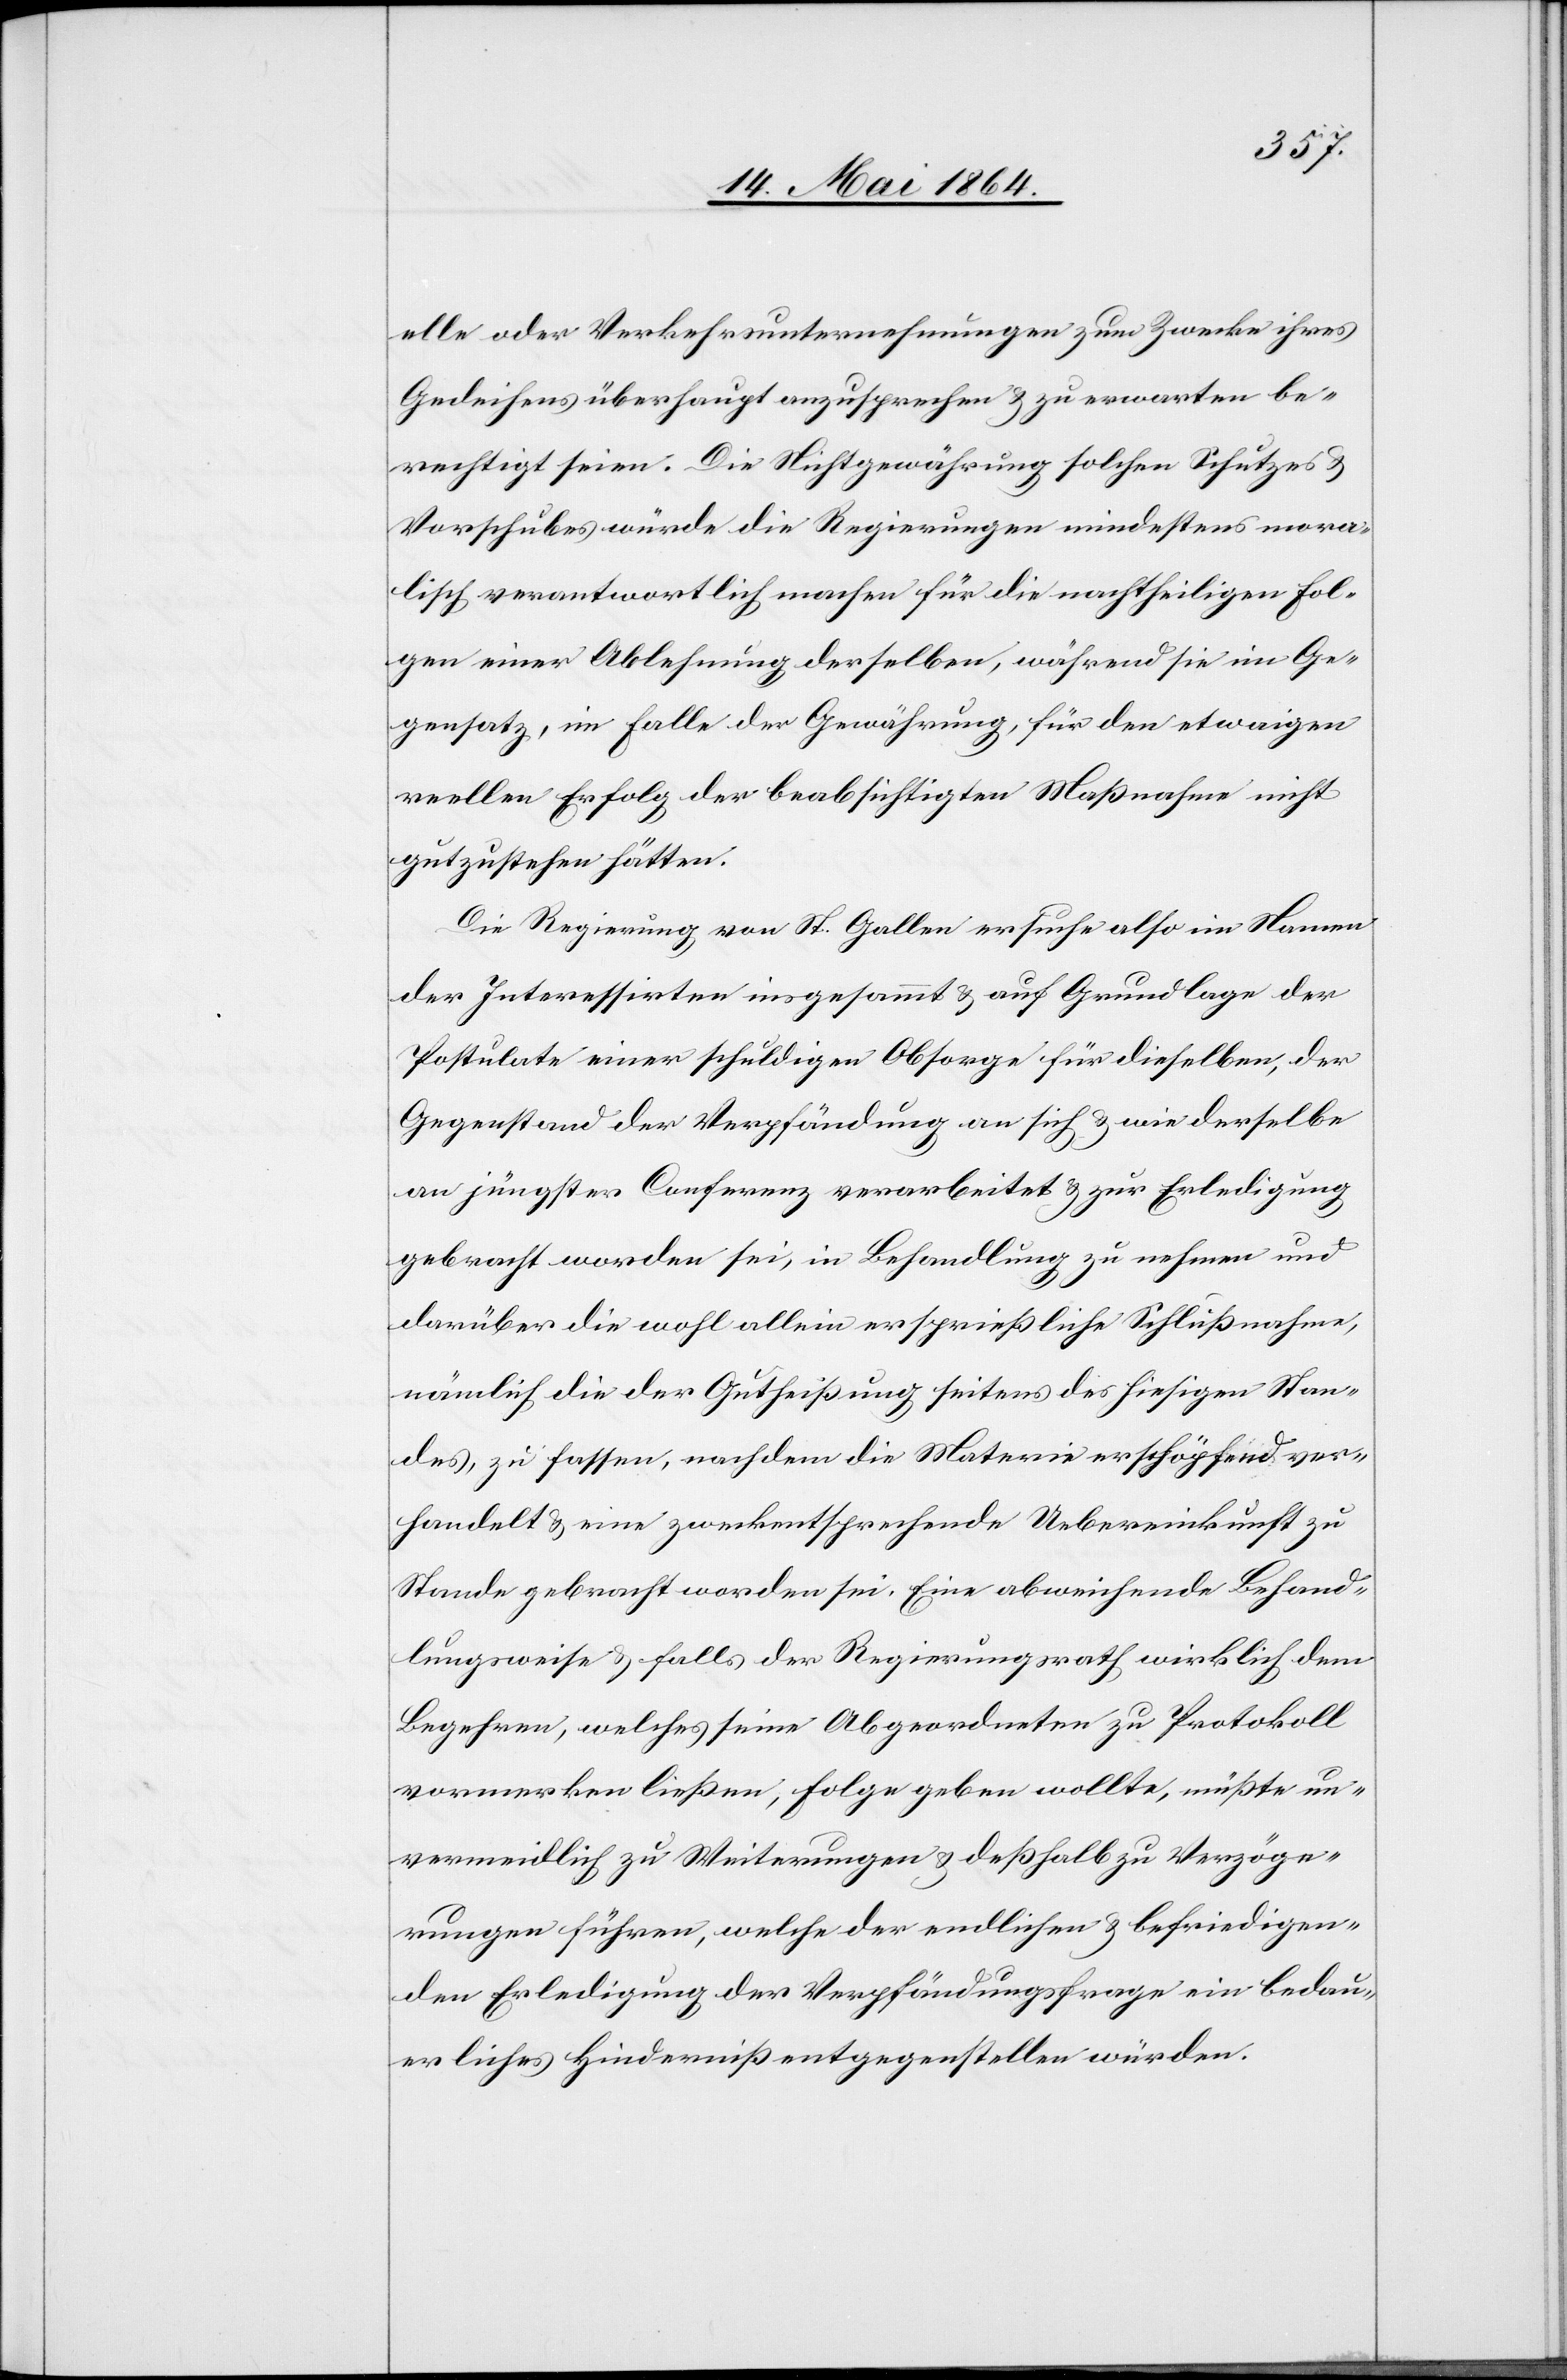
[sic!] oder Verkehrunternehmungen zum Zwecke ihres
Gedeihens überhaupt anzusprechen u. zu erwarten be¬
rechtigt seien. Die Nichtgewährung solchen Schutzes u.
Vorschubes würde die Regierungen mindestens mora¬
lisch verantwortlich machen für die nachtheiligen Fol¬
gen einer Ablehnung derselben, während sie im Ge¬
gensatz, im Falle der Gewährung, für den etwaigen
reellen Erfolg der beabsichtigten Maßnahme nicht
gutzustehen hätten.
Die Regierung von St. Gallen ersuche also im Namen
der Interessirten insgesammt u. auf Grundlage der
Postulate einer schuldigen Obsorge für dieselben, der
Gegenstand der Verpfändung an sich u. wie derselbe
an jüngster Conferenz verarbeitet u. zur Erledigung
gebracht worden sei, in Behandlung zu nehmen und
darüber die wohl allein ersprießliche Schlußnahme,
nämlich die der Gutheißung seitens des hiesigen Stan¬
des, zu fassen, nachdem die Materie erschöpfend ver¬
handelt u. eine zweckentsprechende Uebereinkunft zu
Stande gebracht worden sei. Eine abweichende Behand¬
lungsweise u. falls der Regierungsrath wirklich dem
Begehren, welches seine Abgeordneten zu Protokoll
vormerken ließen, Folge geben wollte, müßte un¬
vermeidlich zu Weiterungen u. deßhalb zu Verzöge¬
rungen führen, welche der endlichen u. befriedigen¬
den Erledigung der Verpfändungsfrage ein bedau¬
erliches Hinderniß entgegenstellen würden.